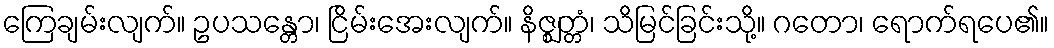
ကြေချမ်းလျက်။ ဥပသန္တော၊ ငြိမ်းအေးလျက်။ နိဇ္ဈတ္တံ၊ သိမြင်ခြင်းသို့။ ဂတော၊ ရောက်ရပေ၏။